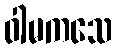
ဝါမကသေ